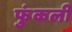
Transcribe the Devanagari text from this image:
फुंकली